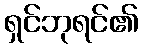
ရှင်ဘုရင်၏